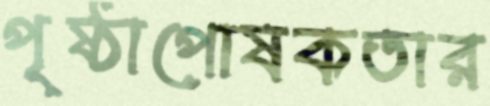
পৃষ্ঠাপোষকতার